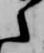
之